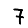
Digit: 7